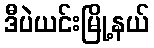
ဒီပဲယင်းမြို့နယ်